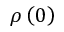
\rho \left( 0 \right)